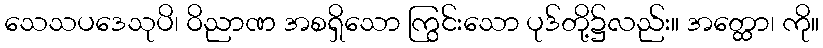
သေသပဒေသုပိ၊ ဝိညာဏ အစရှိသော ကြွင်းသော ပုဒ်တို့၌လည်း။ အတ္ထော၊ ကို။